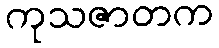
ကုသဇာတက